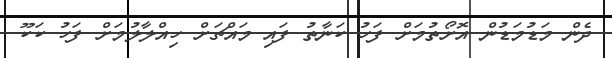
ދެން މަޑުމަޑުން އޮށޯތުމަށް ފަހު ކަނާތު ފައި މައްޗަށް ހިއްލާލުމަށް ފަހު ކަކޫ